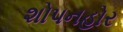
શોપનહોર